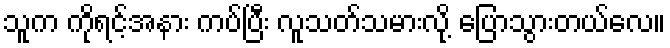
သူက ကိုရင့်အနား ကပ်ပြီး လူသတ်သမားလို့ ပြောသွားတယ်လေ။